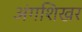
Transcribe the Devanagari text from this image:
अंगशिखर